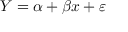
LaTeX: Y = \alpha + \beta x + \varepsilon